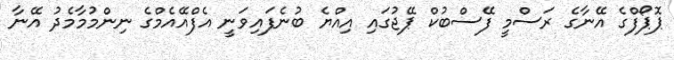
ޕޮޕޯފްގެ އޭނާގެ ރަސްމީ ފޭސްބުކް ޕޭޖުގައި އިއްޔެ ބުނެފައިވަނީ އެފްއޭއެމްގެ ނިންމުމާމެދު އޭނާ